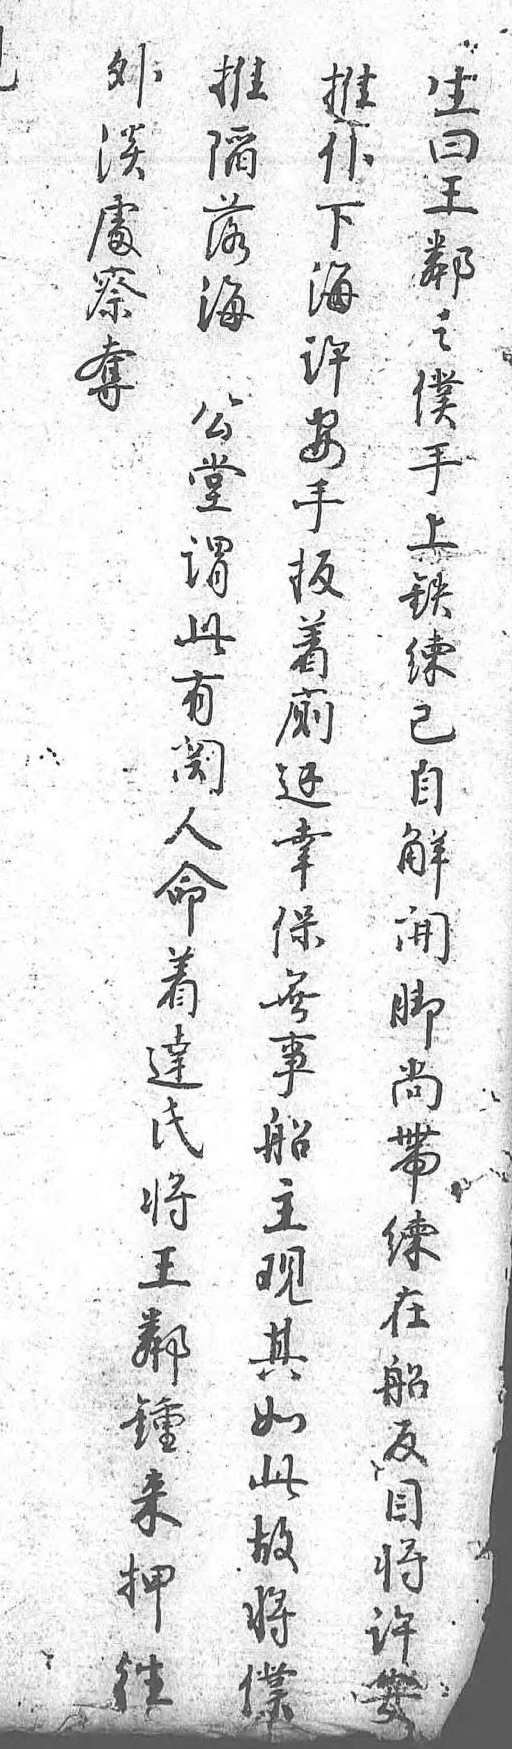
外推推生淡陷撲曰處落下王察海海鄰奪 許之 公安僕 堂手手 謂扳上 此着鐵 有厠練 關邊已 人幸自 命保解 着無開 達事腳 氏船尚 將主帶 王觀練 鄰其在 鍾如船 來此反 押故目 往將將  僕許   安